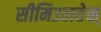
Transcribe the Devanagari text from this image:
सीमिउलतेस्